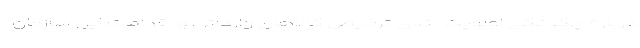
درباره چگونگی اولویت بندی ترخیص کالاهای وارداتی و اقدامات این سازمان